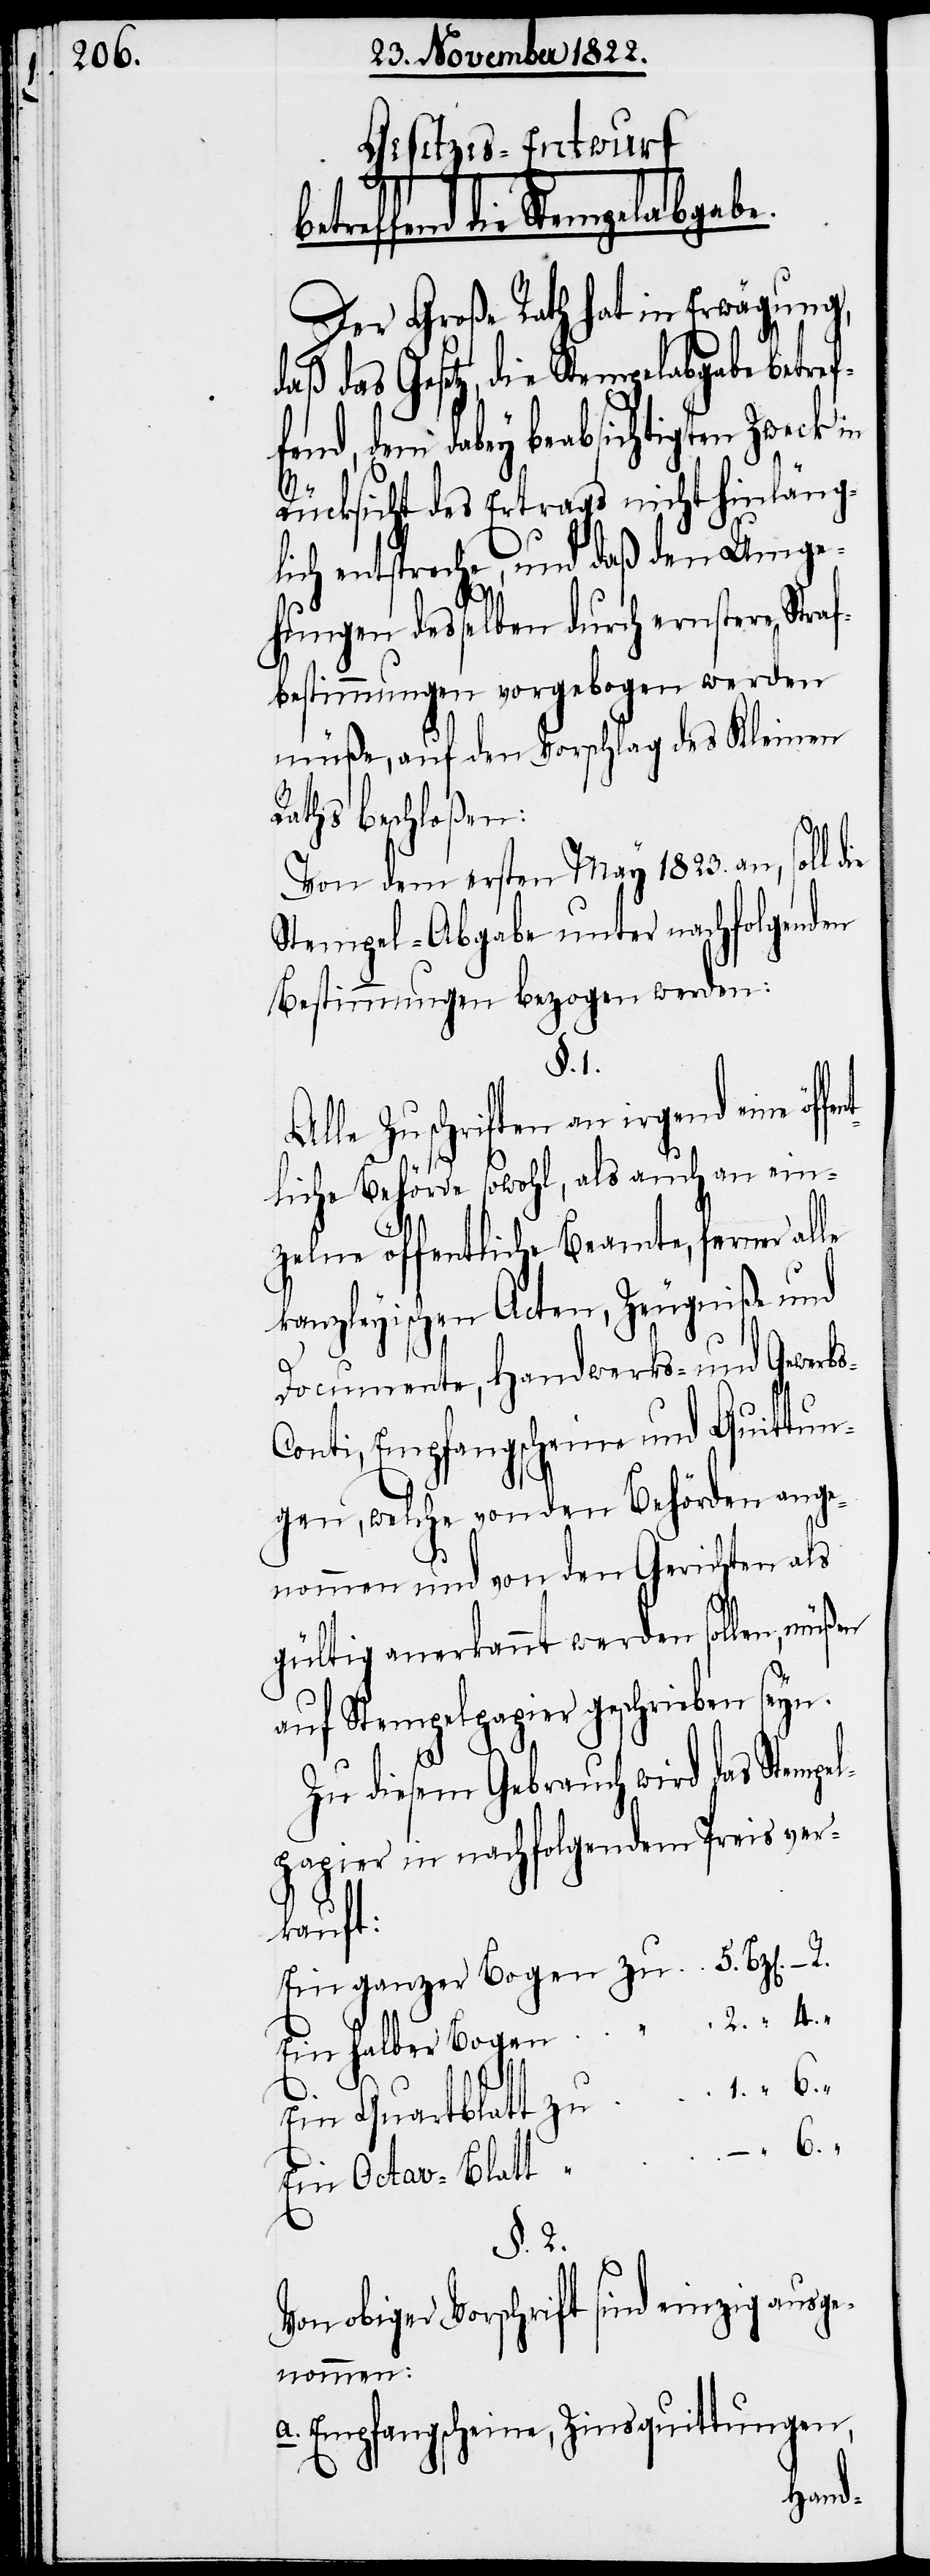
1.

Gesetzes-Entwurf
effend die Stempelabgabe.
Der Große Rath hat in Erwägung,
daß das Gesetz, die Stempelabgabe betref¬
fend, dem dabey beabsichtigten Zweck in
“
4.
Rücksicht des Ertrags nicht hinläg¬
lich entspreche, und daß den Umge¬
hungen desselben durch ernstere Stra¬
fbestimmungen vorgebogen werden
müße, auf den Vorschlag des Kleinen
Raths beschloßen:
halber
Von dem ersten May 1823. an,
Stempel-Abgabe unter nachfolgenden
Bestimmungen bezogen werden:
§. 1.
Alle Zuschriften an irgend eine öf¬
liche Behörde sowohl, als auch an ein¬
zelne öffentliche Beamte, ferner alle
kanzleyischen Acten, Zeugniße und
Documente, Handwerks- und Gewerb¬
onti, Empfangscheine und Quittun¬
“
gen, welche von den Behörden ange¬
nommen und von den Gerichten als
gültig anerkannt werden sollen,
auf Stempelpapier geschrieben seyn.
6.
Zu diesem Gebrauch wird das Stempe¬
lpapier in nachfolgendem Preis ver¬
kauft:
Ein ganzer Bogen zu
Ein Quartblatt zu
Ein Octav-Blatt
§. 2.
Von obiger Vorschrift sind einzig ausge¬
nommen:
a. Empfangscheine, Zinsquittungen,